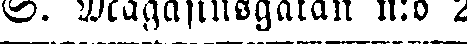
S. Magasinsgatan n:o 2